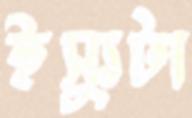
ইস্যুটা